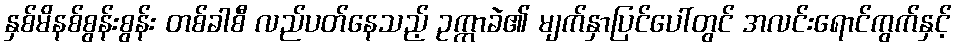
နှစ်မိနစ်စွန်းစွန်း တစ်ခါစီ လည်ပတ်နေသည့် ဥက္ကာခဲ၏ မျက်နှာပြင်ပေါ်တွင် အလင်းရောင်ကွက်နှင့်